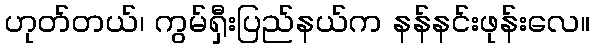
ဟုတ်တယ်၊ ကွမ်ရှီးပြည်နယ်က နန်နင်းဖုန်းလေ။